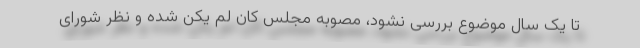
تا یک سال موضوع بررسی نشود، مصوبه مجلس کان لم یکن شده و نظر شورای